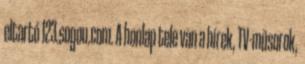
eltartó 123.sogou.com. A honlap tele van a hírek, TV-műsorok,